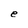
Character: e